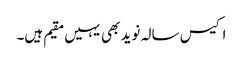
اکیس سالہ نوید بھی یہیں مقیم ہیں۔